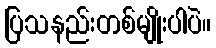
ပြသနည်းတစ်မျိုးပါပဲ။